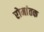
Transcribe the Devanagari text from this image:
रोमांतक